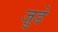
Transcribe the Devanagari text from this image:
जु़डे